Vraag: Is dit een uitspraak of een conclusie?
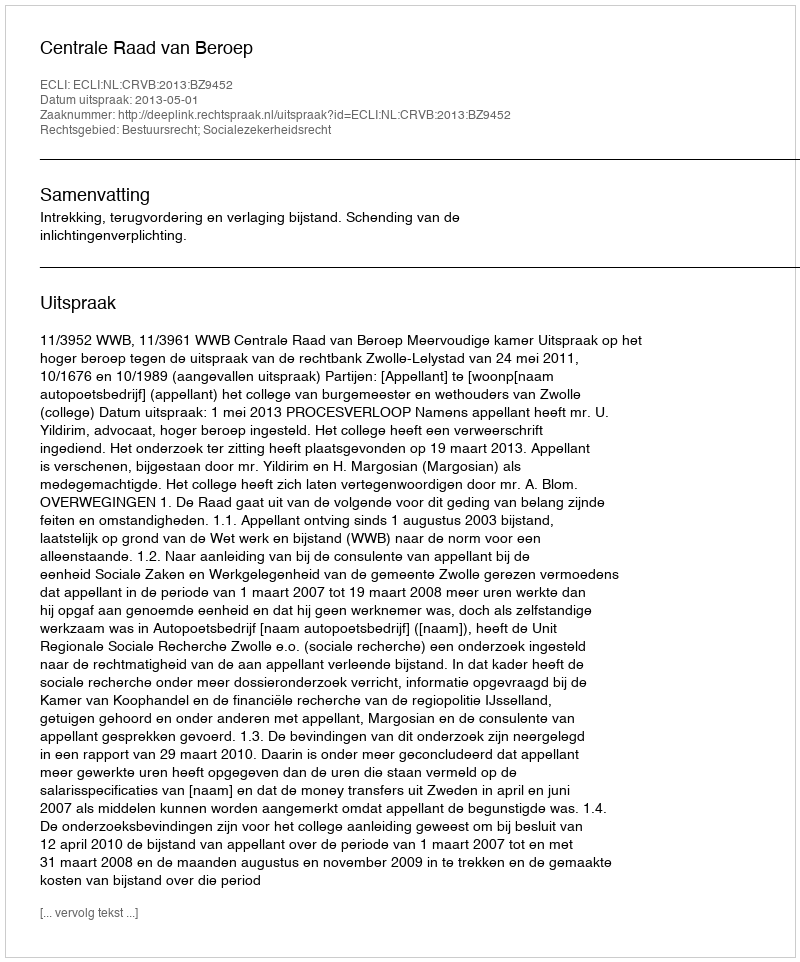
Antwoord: Uitspraak